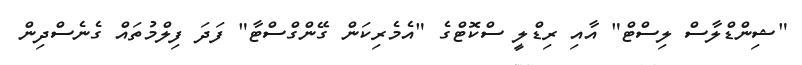
"ޝިންޑްލާސް ލިސްޓް" އާއި ރިޑްލީ ސްކޮޓްގެ "އެމެރިކަން ގޭންގްސްޓާ" ފަދަ ފިލްމުތައް ގެނެސްދިން